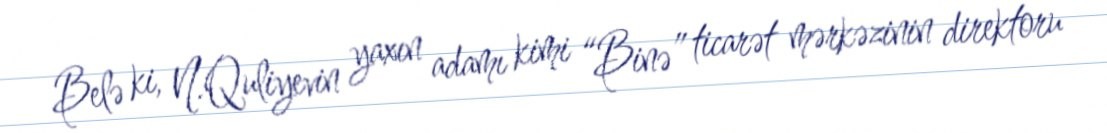
Belə ki, N.Quliyevin yaxın adamı kimi “Binə” ticarət mərkəzinin direktoru